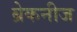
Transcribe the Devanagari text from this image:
ब्रेकनीज